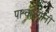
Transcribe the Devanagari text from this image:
पाश्चात्त्यांनी